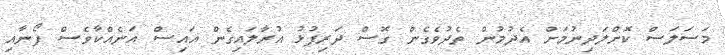
މަސަލަސް ކޮށްލަދިނުމަށް އެދުމުން ތެދުވެގެން ގޮސް ދަރިފުޅު އުރާލައިގެން އައިސް އަނެއްކާވެސް ފޯނާއި